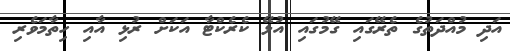
އަދި މުއްދަތުގެ ތެރޭގައި ގޭމުގައި އުޅޭ ކެރެކްޓާ އަކަށް ރުޅި އާއި ހިތާމަވެރި